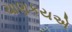
ચાણકયએ